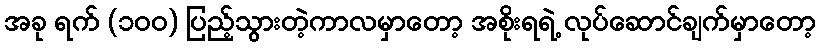
အခု ရက် (၁၀၀) ပြည့်သွားတဲ့ကာလမှာတော့ အစိုးရရဲ့ လုပ်ဆောင်ချက်မှာတော့